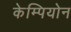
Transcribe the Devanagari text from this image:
केम्पियोन